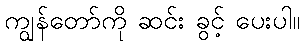
ကျွန်တော်ကို ဆင်း ခွင့် ပေးပါ။